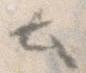
と